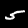
Digit: 5